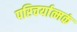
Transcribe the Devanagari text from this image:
परिचर्यात्मकं